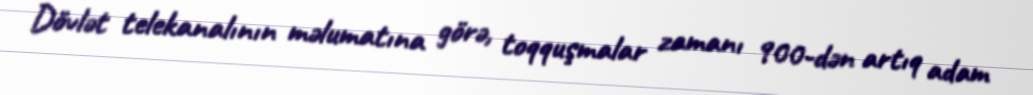
Dövlət telekanalının məlumatına görə, toqquşmalar zamanı 900-dən artıq adam